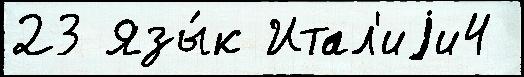
23 Язы́к Итал'иjи4